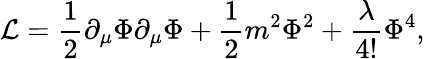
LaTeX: {\cal L}=\frac{1}{2}\partial_{\mu}\Phi\partial_{\mu}\Phi+\frac{1}{2}m^{2}\Phi^{2}+\frac{\lambda}{4!}\Phi^{4},